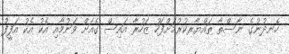
ހެނދުނުގެ ނާސްތާ ތައްޔާރކުރުމަށްފަހު ޒަހުރާ އައިސް ގެއަށް ވަނުމާއި އެކު އެކު އަފީފު